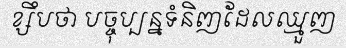
ខ្សឹបថា បច្ចុប្បន្នទំនិញដែលឈ្មួញ